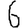
Digit: 6